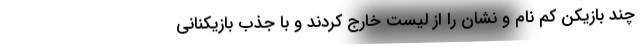
چند بازیکن کم نام و نشان را از لیست خارج کردند و با جذب بازیکنانی